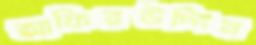
আফিরউদ্দিন